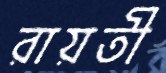
রায়তী